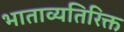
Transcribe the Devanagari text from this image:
भाताव्यतिरिक्त